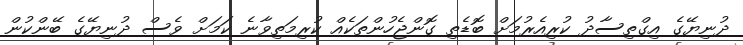
ދުނިޔޭގެ އިގްތިސާދު ކުރިއެރުމަށް ބޮޑެތި ގޮންޖެހުންތަކެއް ކުރިމަތިވާނެ ކަމަށް ވެސް ދުނިޔޭގެ ބޭންކުން